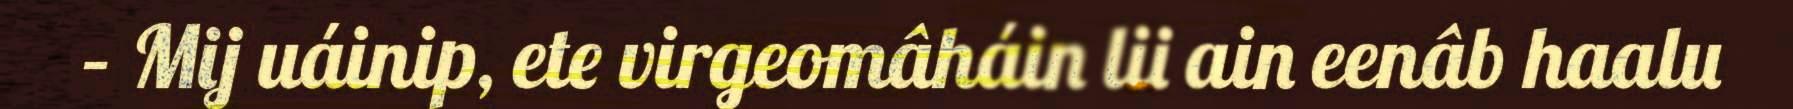
– Mij uáinip, ete virgeomâháin lii ain eenâb haalu